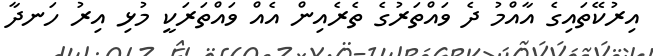
އިރުކޭތައިގެ އާއްމު ދެ ވައްތަރުގެ ތެރެއިން އެއް ވައްތަރަކީ މުޅި އިރު ހަނދާ